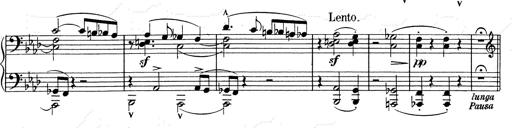
Title: Weinen, Klagen, Sorgen, Zagen
Composer: Franz Liszt